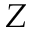
Z